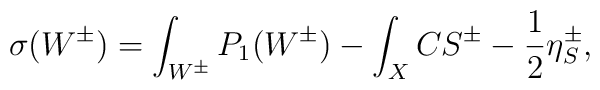
\sigma (W^{\pm })=\int_{W^{\pm }}P_{1}(W^{\pm })-\int_{X}CS^{\pm }-\frac{1}{2}\eta _{S}^{\pm },